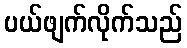
ပယ်ဖျက်လိုက်သည်